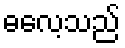
ဓလေ့သည်